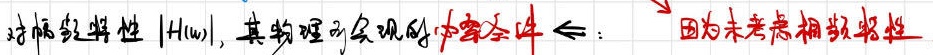
对幅频特性 $|H(\omega)|$, 其物理可实现的充要条件 $\Leftarrow$:  因为未考虑相频特性